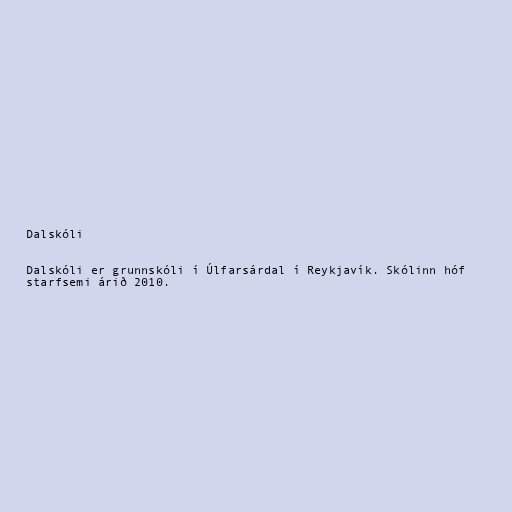
Dalskóli

Dalskóli er grunnskóli í Úlfarsárdal í Reykjavík. Skólinn hóf
starfsemi árið 2010.